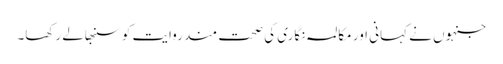
جنہوں نے کہانی اور مکالمہ نگاری کی صحت مند روایت کو سنبھالے رکھا۔